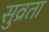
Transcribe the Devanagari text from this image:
सुव्रता